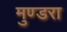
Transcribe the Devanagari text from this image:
मुण्डरा